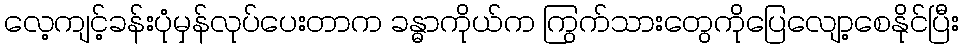
လေ့ကျင့်ခန်းပုံမှန်လုပ်ပေးတာက ခန္ဓာကိုယ်က ကြွက်သားတွေကိုပြေလျော့စေနိုင်ပြီး